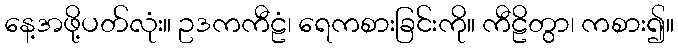
နေ့အဖို့ပတ်လုံး။ ဥဒကကီဠံ၊ ရေကစားခြင်းကို။ ကီဠိတွာ၊ ကစား၍။